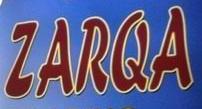
zarqa